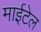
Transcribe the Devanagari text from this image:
माईटेल